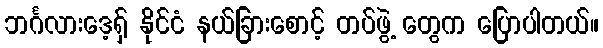
ဘင်္ဂလားဒေ့ရှ် နိုင်ငံ နယ်ခြားစောင့် တပ်ဖွဲ့ တွေက ပြောပါတယ်။